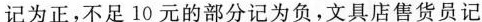
记为正，不足10元的部分记为负。文具店售货员记